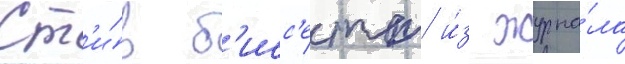
Ст'и́в б'исс'етт и́з журна́ла